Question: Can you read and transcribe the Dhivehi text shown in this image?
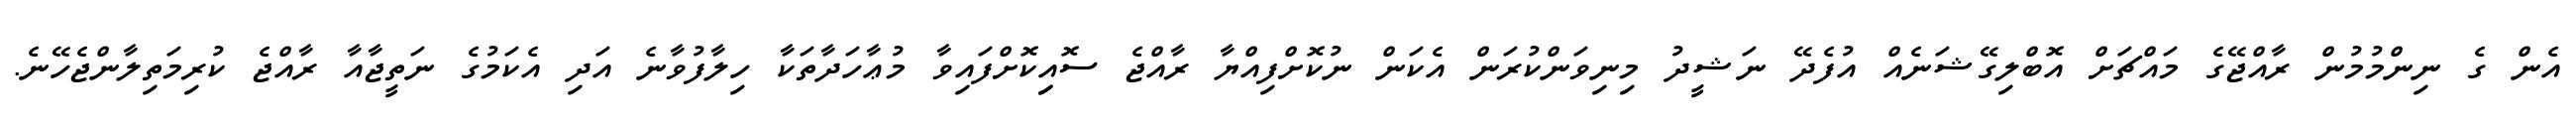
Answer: އެން ގެ ނިންމުމުން ރާއްޖޭގެ މައްޗަށް އޮބްލިގޭޝަނެއް އުފެދޭ ނަޝީދު މިނިވަންކުރަން އެކަން ނުކޮށްފިއްޔާ ރާއްޖެ ސޮއިިކޮށްފައިވާ މުޢާހަދާތަކާ ހިލާފުވާނެ އަދި އެކަމުގެ ނަތީޖާއާ ރާއްޖެ ކުރިމަތިލާންޖެހޭނެ.